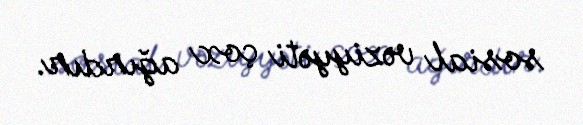
sosial vəziyyəti çox ağırdır.